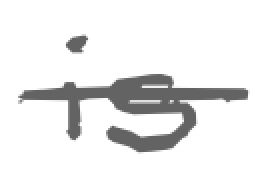
Text: is
Cross-out: single-line
Writing tool: digital_gray